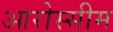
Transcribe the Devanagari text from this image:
आरोस्सीम